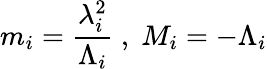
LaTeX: m_{i}=\frac{\lambda_{i}^{2}}{\Lambda_{i}}\; ,\; M_{i}=-\Lambda_{i}